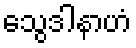
သွေဒါနာဟံ